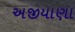
અજીયાણા